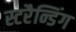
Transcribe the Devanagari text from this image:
स्टरैन्डिंग